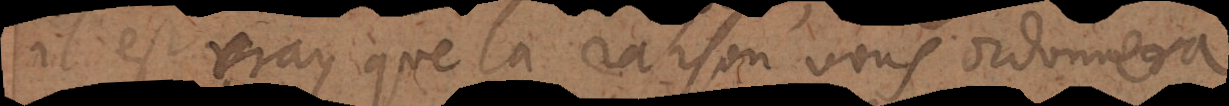
il est vray que la raison vous dictera